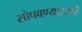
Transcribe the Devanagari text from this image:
सोपवण्यासाठी